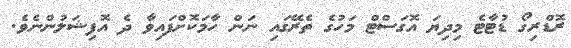
ރޮޑްރިގޯ ޑުޓާޓެ މިދިޔަ އޮގަސްޓް މަހުގެ ތެރޭގައި ނަން ހާމަކޮށްފައިވާ ދެ އޮފިޝަލުންނެވެ.